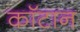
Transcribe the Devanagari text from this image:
कॉटान